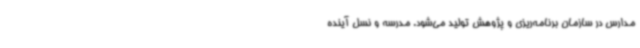
مدارس در سازمان برنامه‌ریزی و پژوهش تولید می‌شود. مدرسه و نسل آینده